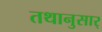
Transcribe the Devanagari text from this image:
तथानुसार्